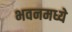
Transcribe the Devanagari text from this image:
भवनमध्ये